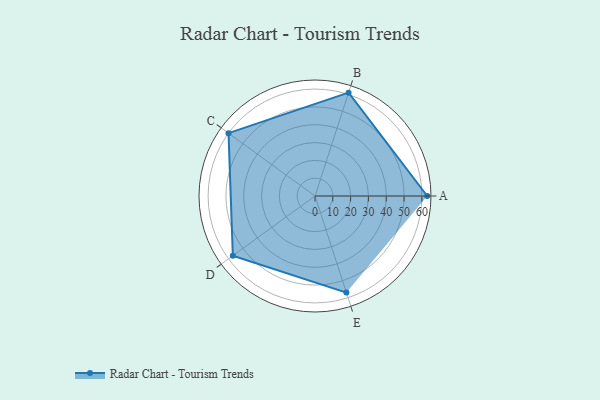
{"axis": {"x": "Skill", "y": "Score"}, "legend": ["Profile"], "data": [{"x": "A", "y": 63.0, "type": "Profile"}, {"x": "B", "y": 61.0, "type": "Profile"}, {"x": "C", "y": 60.0, "type": "Profile"}, {"x": "D", "y": 57.0, "type": "Profile"}, {"x": "E", "y": 57.0, "type": "Profile"}]}